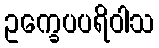
ဥက္ခေပပရိဝါသ